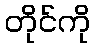
တိုင်ကို